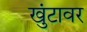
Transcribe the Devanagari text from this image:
खुंटावर